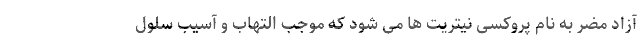
آزاد مضر به نام پروکسی نیتریت ها می شود که موجب التهاب و آسیب سلول